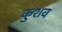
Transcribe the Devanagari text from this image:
कुशव